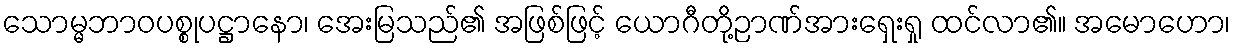
သောမ္မဘာဝပစ္စုပဋ္ဌာနော၊ အေးမြသည်၏ အဖြစ်ဖြင့် ယောဂီတို့ဉာဏ်အားရှေးရှု ထင်လာ၏။ အမောဟော၊